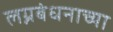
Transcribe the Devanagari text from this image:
लग्नबंधनाच्या